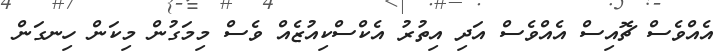
އެއްވެސް ޗޮއިސް އެއްވެސް އަދި އިތުރު އެކްސްކިއުޒެއް ވެސް މިމަގުން މިކަން ހިނގަން